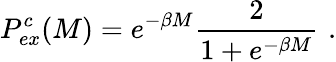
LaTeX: P_{ex}^{c}(M)=e^{-\beta M}\frac{2}{1+e^{-\beta M}}\, \, .